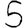
Digit: 5